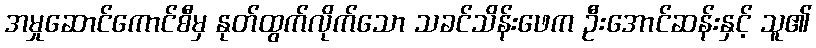
အမှုဆောင်ကောင်စီမှ နုတ်ထွက်လိုက်သော သခင်သိန်းဖေက ဦးအောင်ဆန်းနှင့် သူ၏